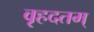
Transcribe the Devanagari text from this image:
वृहदतम्